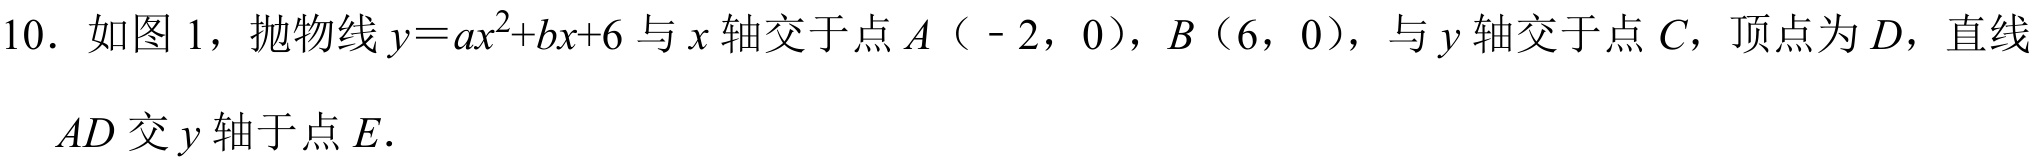
10. 如图1，抛物线\(y = ax^{2}+bx + 6\)与\(x\)轴交于点\(A(-2,0)\)，\(B(6,0)\)，与\(y\)轴交于点\(C\)，顶点为\(D\)，直线\(AD\)交\(y\)轴于点\(E\).